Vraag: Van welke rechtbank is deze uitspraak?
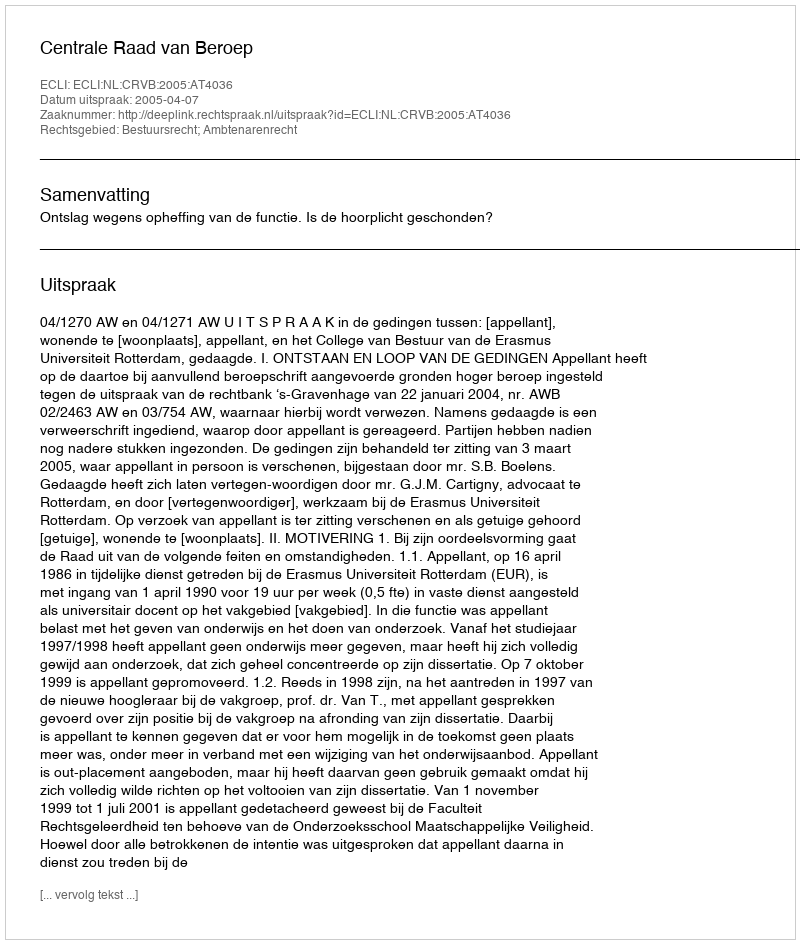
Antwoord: Centrale Raad van Beroep